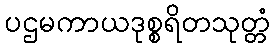
ပဌမကာယဒုစ္စရိတသုတ္တံ